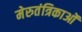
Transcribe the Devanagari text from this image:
मेरुतंत्रिकाओं